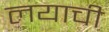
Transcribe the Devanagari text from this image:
लयाची